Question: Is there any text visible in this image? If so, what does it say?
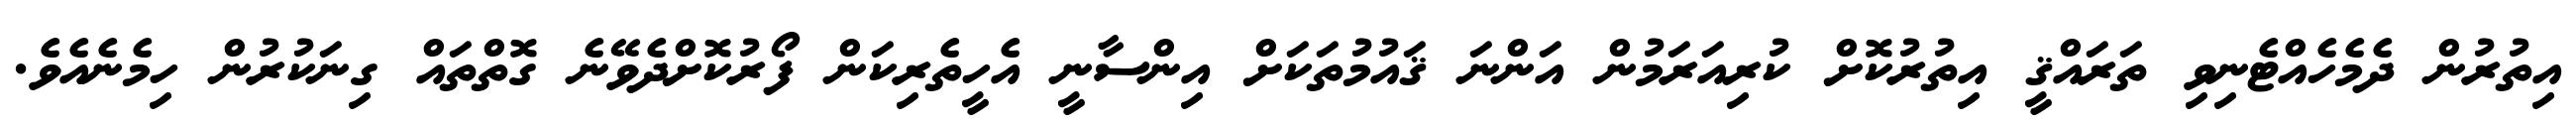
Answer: އިތުރުން ދެމެހެއްޓެނިވި ތަރައްޤީ އިތުރުކޮށް ކުރިއަރަމުން އަންނަ ޤައުމުތަކަށް އިންސާނީ އެހީތެރިކަން ފޯރުކޮށްދެވޭނެ ގޮތްތައް ގިނަކުރުން ހިމެނެއެވެ.